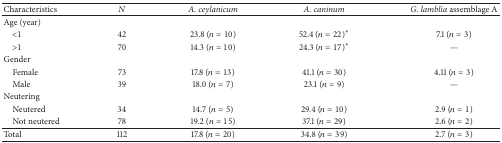
<table><thead><tr><td><b>Characteristics</b></td><td><b><i>N</i></b></td><td><b><i>A. ceylanicum</i></b></td><td><b><i>A. caninum</i></b></td><td><b><i>G. lamblia </i>assemblage A</b></td></tr></thead><tbody><tr><td>Age (year)</td><td> </td><td> </td><td> </td><td> </td></tr><tr><td> &lt;1</td><td>42</td><td>23.8 (<i>n</i> = 10)</td><td>52.4 (<i>n</i> = 22)<sup><i>∗</i></sup></td><td>7.1 (<i>n</i> = 3)</td></tr><tr><td> &gt;1</td><td>70</td><td>14.3 (<i>n</i> = 10)</td><td>24.3 (<i>n</i> = 17)<sup><i>∗</i></sup></td><td>—</td></tr><tr><td>Gender</td><td> </td><td> </td><td> </td><td> </td></tr><tr><td> Female</td><td>73</td><td>17.8 (<i>n</i> = 13)</td><td>41.1 (<i>n</i> = 30)</td><td>4.11 (<i>n</i> = 3)</td></tr><tr><td> Male</td><td>39</td><td>18.0 (<i>n</i> = 7)</td><td>23.1 (<i>n</i> = 9)</td><td>—</td></tr><tr><td>Neutering</td><td> </td><td> </td><td> </td><td> </td></tr><tr><td> Neutered</td><td>34</td><td>14.7 (<i>n</i> = 5)</td><td>29.4 (<i>n</i> = 10)</td><td>2.9 (<i>n</i> = 1)</td></tr><tr><td> Not neutered</td><td>78</td><td>19.2 (<i>n</i> = 15)</td><td>37.1 (<i>n</i> = 29)</td><td>2.6 (<i>n</i> = 2)</td></tr><tr><td>Total</td><td>112</td><td>17.8 (<i>n</i> = 20)</td><td>34.8 (<i>n</i> = 39)</td><td>2.7 (<i>n</i> = 3)</td></tr></tbody></table>